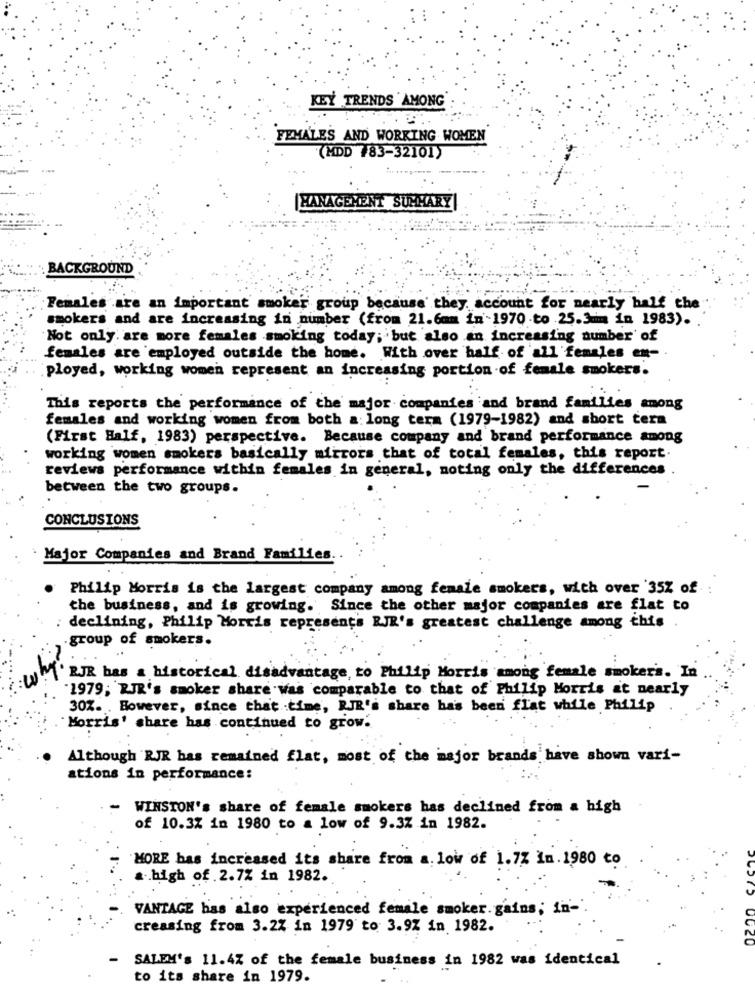
KEY TRENDS AMONG
FEMALES AND WORKING WOMEN
(MDD #83-32101)
MANAGEMENT SUMMARY|
BACKGROUND
Females are an important smoker group because' they account for nearly half the
smokers and are increasing in number (from 21.6mm in -1970.to .25.3mm in 1983).
Not only. are more females smoking today; but also an increasing number of
females are employed outside the home. With over half of all females em-
ployed, working women represent an increasing portion of female smokers.
This reports the performance of the major companies and brand families among
females and working women from both a: long term (1979-1982) and short term
(First Half, 1983) perspective. Because company and brand performance among
working women smokers basically mirrors that of total females, this report.
reviews performance within females in general, noting only the differences
between the two groups.
CONCLUSIONS
Major Companies and Brand Families.
Philip Morris is the largest company among female smokers, with over '35% of
the business, and is growing. Since the other major companies are flat to
declining, Philip Morris represents RJR's greatest challenge among this .
group of smokers.
RJR bas & historical disadvantage, to Philip Morris among female smokers. In
1979; RJR's smoker share was comparable to that of Philip Morris at nearly
30%. . However, since that time, RJR's share has been flat while Philip
Morris' share has continued to grow.
Although RJR has remained flat, most of the major brands have shown vari-
ations in performance:
- WINSTON's share of female smokers has declined from a high
of 10.3% in 1980 to a low of 9.3% in 1982.
MORE has increased its share from a. low of 1.7% In.1980 to
CIC
... high of . 2.7% in 1982.
VANTAGE has also experienced female smoker.gains; in-
creasing from 3.2% in 1979 to 3.9Z in 1982.
OC20
SALEM's 11.4% of the female business in 1982 was identical
to its share in 1979.